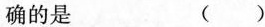
确的是 ()